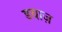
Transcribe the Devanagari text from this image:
डयाज़